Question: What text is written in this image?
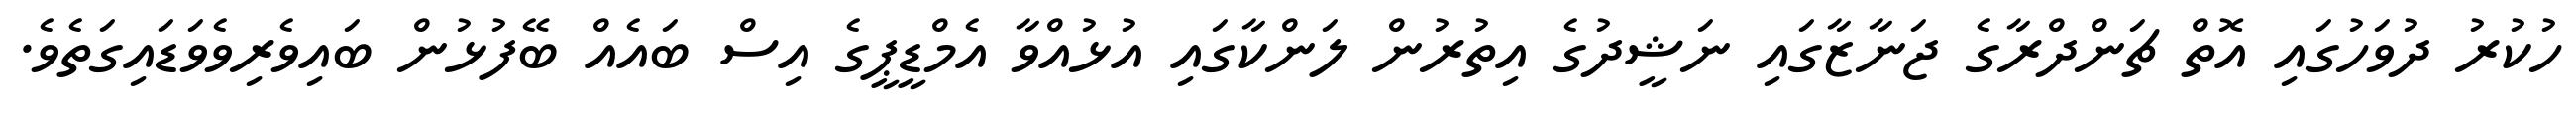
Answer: ހުކުރު ދުވަހުގައި އޮތް ޗަންދްރާގެ ޖަނާޒާގައި ނަޝީދުގެ އިތުރުން ލަންކާގައި އުޅުއްވާ އެމްޑީޕީގެ އިސް ބައެއް ބޭފުޅުން ބައިވެރިވެވަޑައިގަތެވެ.